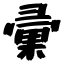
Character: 彙